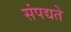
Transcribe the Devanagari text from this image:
संपद्यते